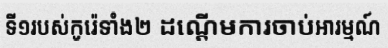
ទី១របស់កូរ៉េទាំង២ ដណ្តើមការចាប់អារម្មណ៍